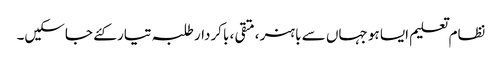
نظام تعلیم ایسا ہو جہاں سے باہنر ،متقی ، باکردار طلبہ تیار کئے جاسکیں۔